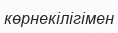
көрнекілігімен